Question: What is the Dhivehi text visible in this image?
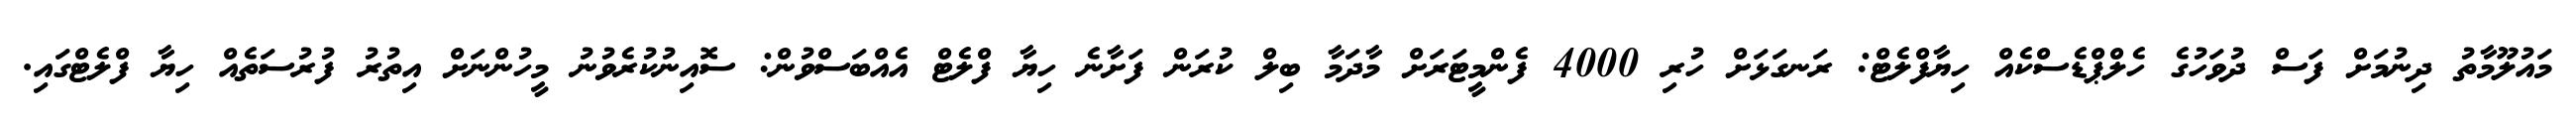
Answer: މައުލޫމާތު ދިނުމަށް ފަސް ދުވަހުގެ ހެލްޕްޑެސްކެއް ހިޔާފްލެޓް: ރަނގަޅަށް ހުރި 4000 ފެންމީޓަރަށް މާދަމާ ބިލް ކުރަން ފަށާނެ ހިޔާ ފްލެޓް އެއްބަސްވުން: ސޮއިނުކުރެވުނު މީހުންނަށް އިތުރު ފުރުސަތެއް ހިޔާ ފްލެޓްގައި.